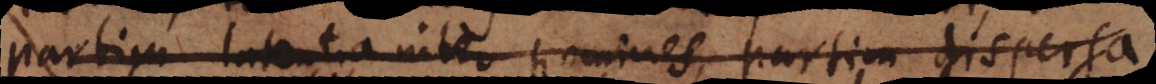
partim latentia inter homines, partim dispersa,